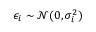
\epsilon _ { i } \sim \mathcal { N } ( 0 , \sigma _ { i } ^ { 2 } )